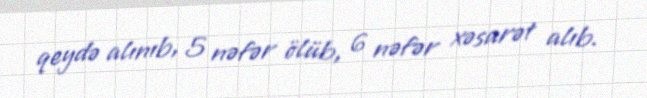
qeydə alınıb, 5 nəfər ölüb, 6 nəfər xəsarət alıb.